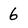
Character: 6